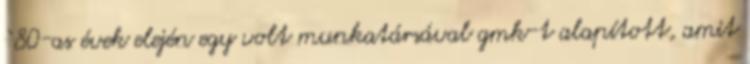
‘80-as évek elején egy volt munkatársával gmk-t alapított, amit